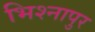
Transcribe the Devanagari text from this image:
भिश्नापुर